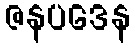
ဇနပဒေန